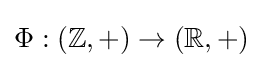
\Phi :(\mathbb {Z} ,+)\rightarrow (\mathbb {R} ,+)